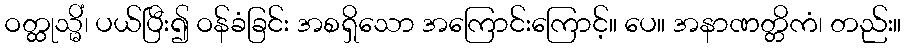
ဝတ္ထုသ္မိံ၊ ပယ်ပြီး၍ ဝန်ခံခြင်း အစရှိသော အကြောင်းကြောင့်။ ပေ။ အနာဏတ္တိကံ၊ တည်း။